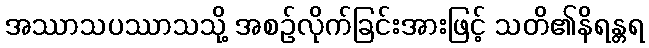
အဿာသပဿာသသို့ အစဉ်လိုက်ခြင်းအားဖြင့် သတိ၏နိရန္တရ